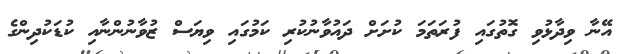
އޭނާ ވިދާޅުވި ގޮތުގައި ފުރަތަމަ ކުށަށް ދައުވާނުކުރި ކަމުގައި ވިޔަސް ޒުވާނުންނާއި ކުޑަކުދިންގެ